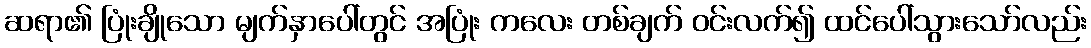
ဆရာ၏ ပြုံးချိုသော မျက်နှာပေါ်တွင် အပြုံး ကလေး တစ်ချက် ဝင်းလက်၍ ထင်ပေါ်သွားသော်လည်း